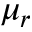
\mu _ { r }